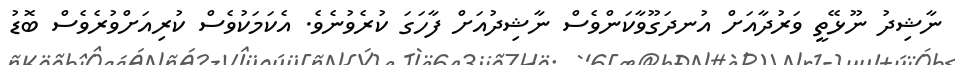
ނާޝިދު ނޫޅޭތީ ވަރުދާއަށް އުނދަގޫވާކަންވެސް ނާޝިދުއަށް ފާހަގަ ކުރެވުނެވެ. އެކަމަކުވެސް ކުރިއަށްވުރެވެސް ބޮޑު